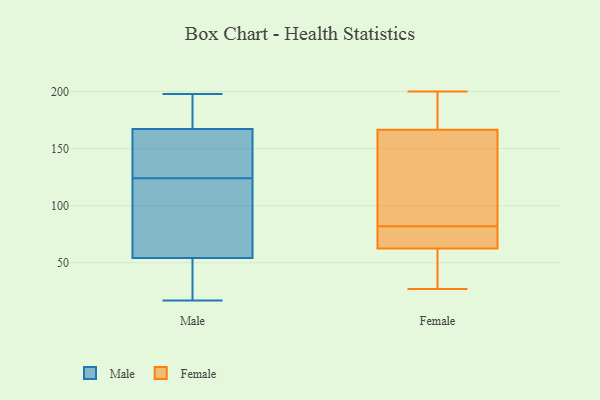
{"axis": {"x": "Demand Index", "y": "Value"}, "legend": ["Female", "Male"], "data": [{"x": "", "y": 29, "type": "Male"}, {"x": "", "y": 181, "type": "Male"}, {"x": "", "y": 153, "type": "Male"}, {"x": "", "y": 124, "type": "Male"}, {"x": "", "y": 92, "type": "Male"}, {"x": "", "y": 61, "type": "Male"}, {"x": "", "y": 161, "type": "Male"}, {"x": "", "y": 198, "type": "Male"}, {"x": "", "y": 17, "type": "Male"}, {"x": "", "y": 198, "type": "Male"}, {"x": "", "y": 17, "type": "Male"}, {"x": "", "y": 157, "type": "Male"}, {"x": "", "y": 166, "type": "Male"}, {"x": "", "y": 171, "type": "Male"}, {"x": "", "y": 34, "type": "Male"}, {"x": "", "y": 91, "type": "Male"}, {"x": "", "y": 116, "type": "Male"}, {"x": "", "y": 138, "type": "Female"}, {"x": "", "y": 73, "type": "Female"}, {"x": "", "y": 119, "type": "Female"}, {"x": "", "y": 82, "type": "Female"}, {"x": "", "y": 53, "type": "Female"}, {"x": "", "y": 106, "type": "Female"}, {"x": "", "y": 176, "type": "Female"}, {"x": "", "y": 29, "type": "Female"}, {"x": "", "y": 65, "type": "Female"}, {"x": "", "y": 62, "type": "Female"}, {"x": "", "y": 197, "type": "Female"}, {"x": "", "y": 177, "type": "Female"}, {"x": "", "y": 200, "type": "Female"}, {"x": "", "y": 186, "type": "Female"}, {"x": "", "y": 78, "type": "Female"}, {"x": "", "y": 64, "type": "Female"}, {"x": "", "y": 37, "type": "Female"}, {"x": "", "y": 27, "type": "Female"}, {"x": "", "y": 87, "type": "Female"}]}